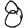
Digit: 8